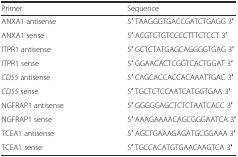
<table><thead><tr><td><b>Primer</b></td><td><b>Sequence</b></td></tr></thead><tbody><tr><td>ANXA1 antisense</td><td>5′ TAAGGGTGACCGATCTGAGG 3′</td></tr><tr><td>ANXA1 sense</td><td>5′ ACGTCTGTCCCCTTTCTCCT 3′</td></tr><tr><td>ITPR1 antisense</td><td>5′ GCTCTATGAGCAGGGGTGAG 3′</td></tr><tr><td>ITPR1 sense</td><td>5′ GGAACACTCGGTCACTGGAT 3′</td></tr><tr><td><i>CD55</i> antisense</td><td>5′ CAGCACCACCACAAATTGAC 3′</td></tr><tr><td><i>CD55</i> sense</td><td>5′ TGCTCTCCAATCATGGTGAA 3′</td></tr><tr><td>NGFRAP1 antisense</td><td>5′ GGGGGAGCTCTCTAATCACC 3′</td></tr><tr><td>NGFRAP1 sense</td><td>5′ AAAGAAAACAGCGGGAATCA 3′</td></tr><tr><td>TCEA1 antisense</td><td>5′ AGCTGAAAGAGATGCGGAAA 3′</td></tr><tr><td>TCEA1 sense</td><td>5′ TGCCACATGTGAACAAGTCA 3′</td></tr></tbody></table>